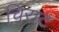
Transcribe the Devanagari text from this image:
चिराट